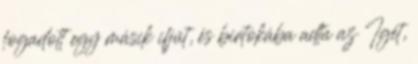
fogadott egy másik ifjút, és birtokába adta az Igét,